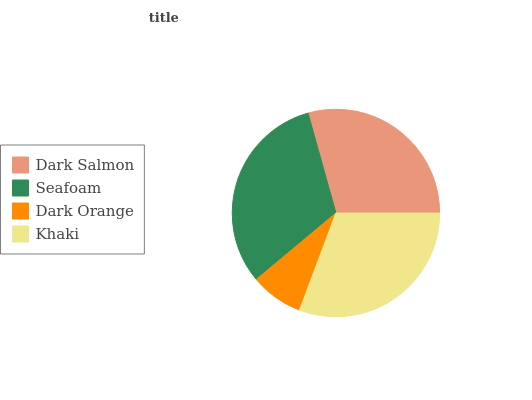
| Dark Salmon | Seafoam | Dark Orange | Khaki |
 | --- | --- | --- | --- |
 | 29.3% | 31.7% | 8.24% | 30.7% |